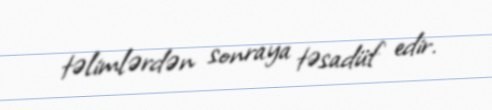
təlimlərdən sonraya təsadüf edir.